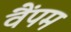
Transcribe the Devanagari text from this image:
वैंपम